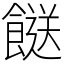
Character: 餸